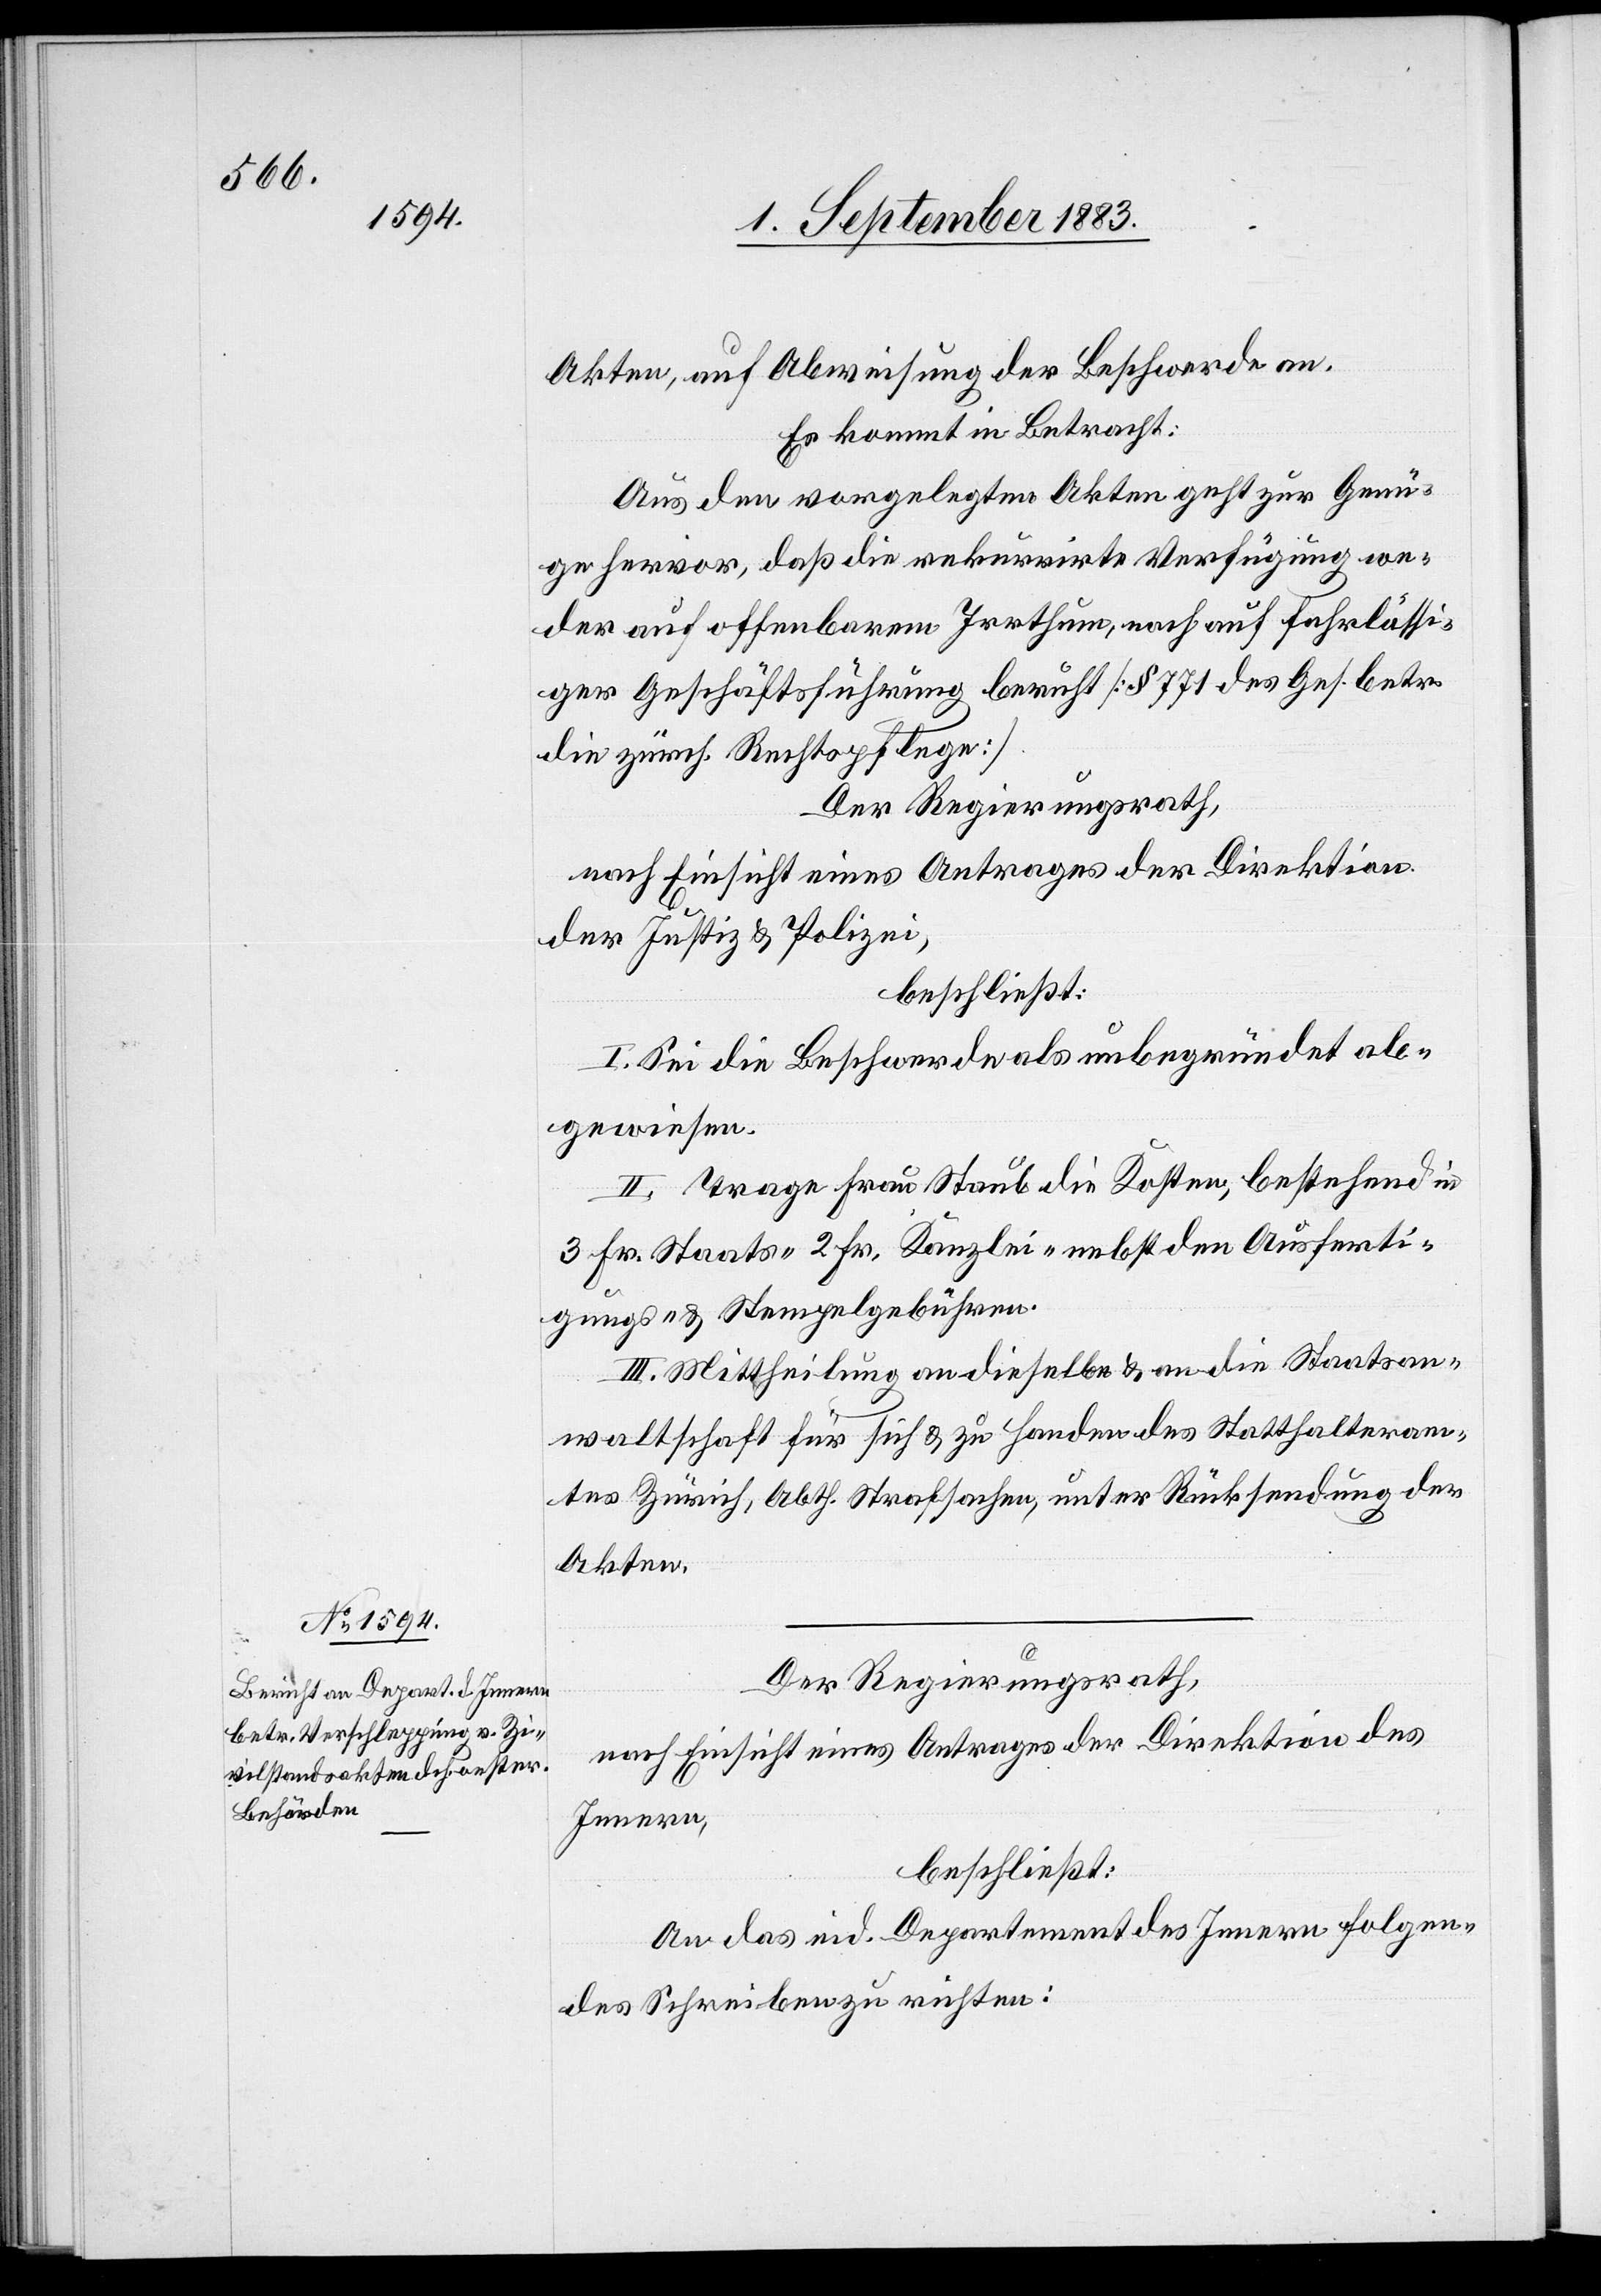
Akten, auf Abweisung der Beschwerde an.
Es kommt in Betracht:
Aus den vorgelegten Akten geht zur Genü¬
ge hervor, daß die rekurrirte Verfügung we¬
der auf offenbarem Irrthum, noch auf fahrlässi¬
ger Geschäftsführung beruht [§ 771 des Ges. betr.
die zürch. Rechtspflege].
Der Regierungsrath,
nach Einsicht eines Antrages der Direktion
der Justiz & Polizei,
beschließt:
I. Sei die Beschwerde als unbegründet ab¬
gewiesen.
II. Trage Frau Staub die Kosten, bestehend in
3 Fr. Staats-[,] 2 Fr. Kanzlei- nebst den Ausferti¬
gungs- & Stempelgebühren.
III. Mittheilung an dieselbe & an die Staatsan¬
waltschaft für sich & zu Handen des Statthalteram¬
tes Zürich, Abth. Strafsachen, unter Rücksendung der
Akten.
Der Regierungsrath,
nach Einsicht eines Antrages der Direktion des
Innern,
beschließt:
An das eid. Departement des Innern folgen¬
des Schreiben zu richten: